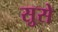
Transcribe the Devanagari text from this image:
सुसे